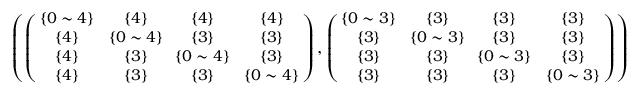
\begin{array} { r } { \small { \left( \left( \! \! \begin{array} { c c c c } { \{ 0 \sim 4 \} } & { \{ 4 \} } & { \{ 4 \} } & { \{ 4 \} } \\ { \{ 4 \} } & { \! \{ 0 \sim 4 \} \! } & { \{ 3 \} } & { \{ 3 \} } \\ { \{ 4 \} } & { \{ 3 \} } & { \! \{ 0 \sim 4 \} \! } & { \{ 3 \} } \\ { \{ 4 \} } & { \{ 3 \} } & { \{ 3 \} } & { \{ 0 \sim 4 \} } \end{array} \! \! \right) , \left( \! \! \begin{array} { c c c c } { \{ 0 \sim 3 \} } & { \{ 3 \} } & { \{ 3 \} } & { \{ 3 \} } \\ { \{ 3 \} } & { \! \{ 0 \sim 3 \} \! } & { \{ 3 \} } & { \{ 3 \} } \\ { \{ 3 \} } & { \{ 3 \} } & { \! \{ 0 \sim 3 \} \! } & { \{ 3 \} } \\ { \{ 3 \} } & { \{ 3 \} } & { \{ 3 \} } & { \{ 0 \sim 3 \} } \end{array} \! \! \right) \right) } } \end{array}